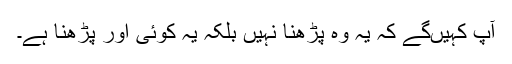
آپ کہیں‌گے کہ یہ وہ پڑھنا نہیں بلکہ یہ کوئی اور پڑھنا ہے۔